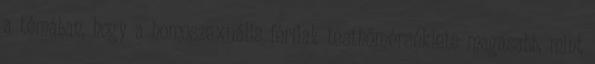
a témában, hogy a homoszexuális férfiak testhőmérséklete magasabb, mint